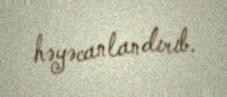
həyəcanlandırıb.